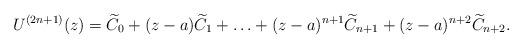
LaTeX: \begin{align*}U^{(2n+1)}(z)=\widetilde C_0+ (z-a)\widetilde C_1+\ldots+(z-a)^{n+1}\widetilde C_{n+1}+(z-a)^{n+2}\widetilde C_{n+2}.\end{align*}